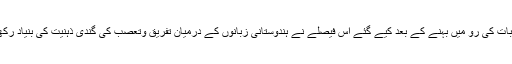
جذبات کی رو میں بہنے کے بعد کیے گئے اس فیصلے نے ہندوستانی زبانوں کے درمیان تفریق وتعصب کی گندی ذہنیت کی بنیاد رکھی۔